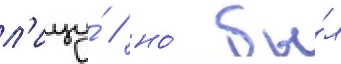
л'ицу́ / но́ бы́л